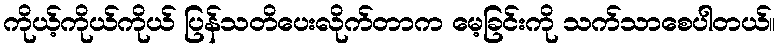
ကိုယ့်ကိုယ်ကိုယ် ပြန်သတိပေးလိုက်တာက မေ့ခြင်းကို သက်သာစေပါတယ်။